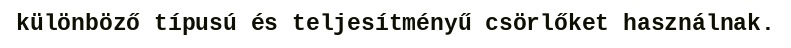
különböző típusú és teljesítményű csörlőket használnak.